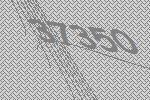
37350